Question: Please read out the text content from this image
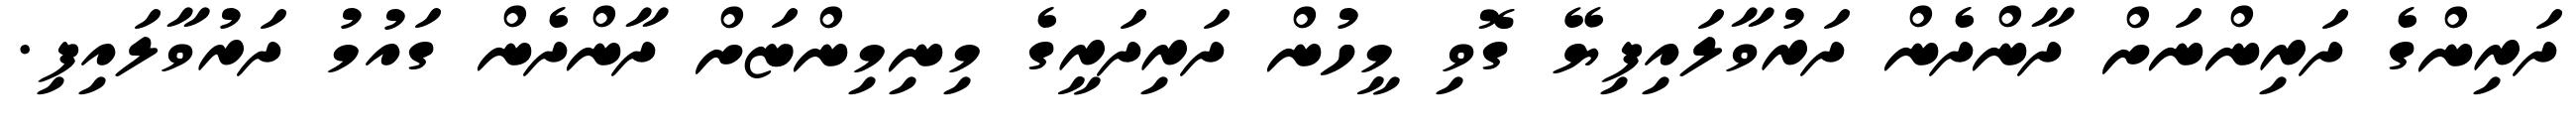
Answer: ދަރިންގެ ދަރިންނަށް ދާންދެން ދަރުވާލައިފިޔޭ ގޮވި މީހުން ދަރިދަރީގެ މިނިމިންޏަށް ދާންދެން ގައުމު ދަރުވާލައިފި.